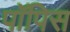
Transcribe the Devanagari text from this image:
पॉपिस